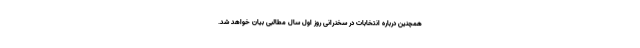
همچنین درباره انتخابات در سخنرانی روز اول سال مطالبی بیان خواهد شد.